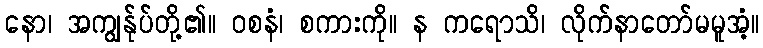
နော၊ အကျွန်ုပ်တို့၏။ ဝစနံ၊ စကားကို။ န ကရောသိ၊ လိုက်နာတော်မမူအံ့။